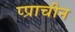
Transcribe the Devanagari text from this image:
प्प्राचीन